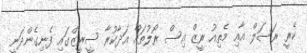
ކެރީ ރަސަލް އާއި މެތިއު ރީޒް އިސް ރޯލުތައް އަދާކުރާ ސީރީޒްގައި ފެނިގެންދަނީ